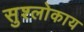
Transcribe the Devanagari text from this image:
सुश्लोकाय